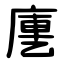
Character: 㐣